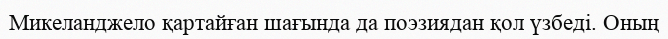
Микеланджело қартайған шағында да поэзиядан қол үзбеді. Оның